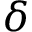
\delta